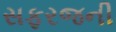
સફરજની